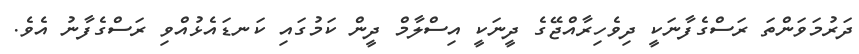
ދަރުމަވަންތަ ރަސްގެފާނަކީ ދިވެހިރާއްޖޭގެ ދީނަކީ އިސްލާމް ދީން ކަމުގައި ކަނޑައެޅުއްވި ރަސްގެފާނު އެވެ.